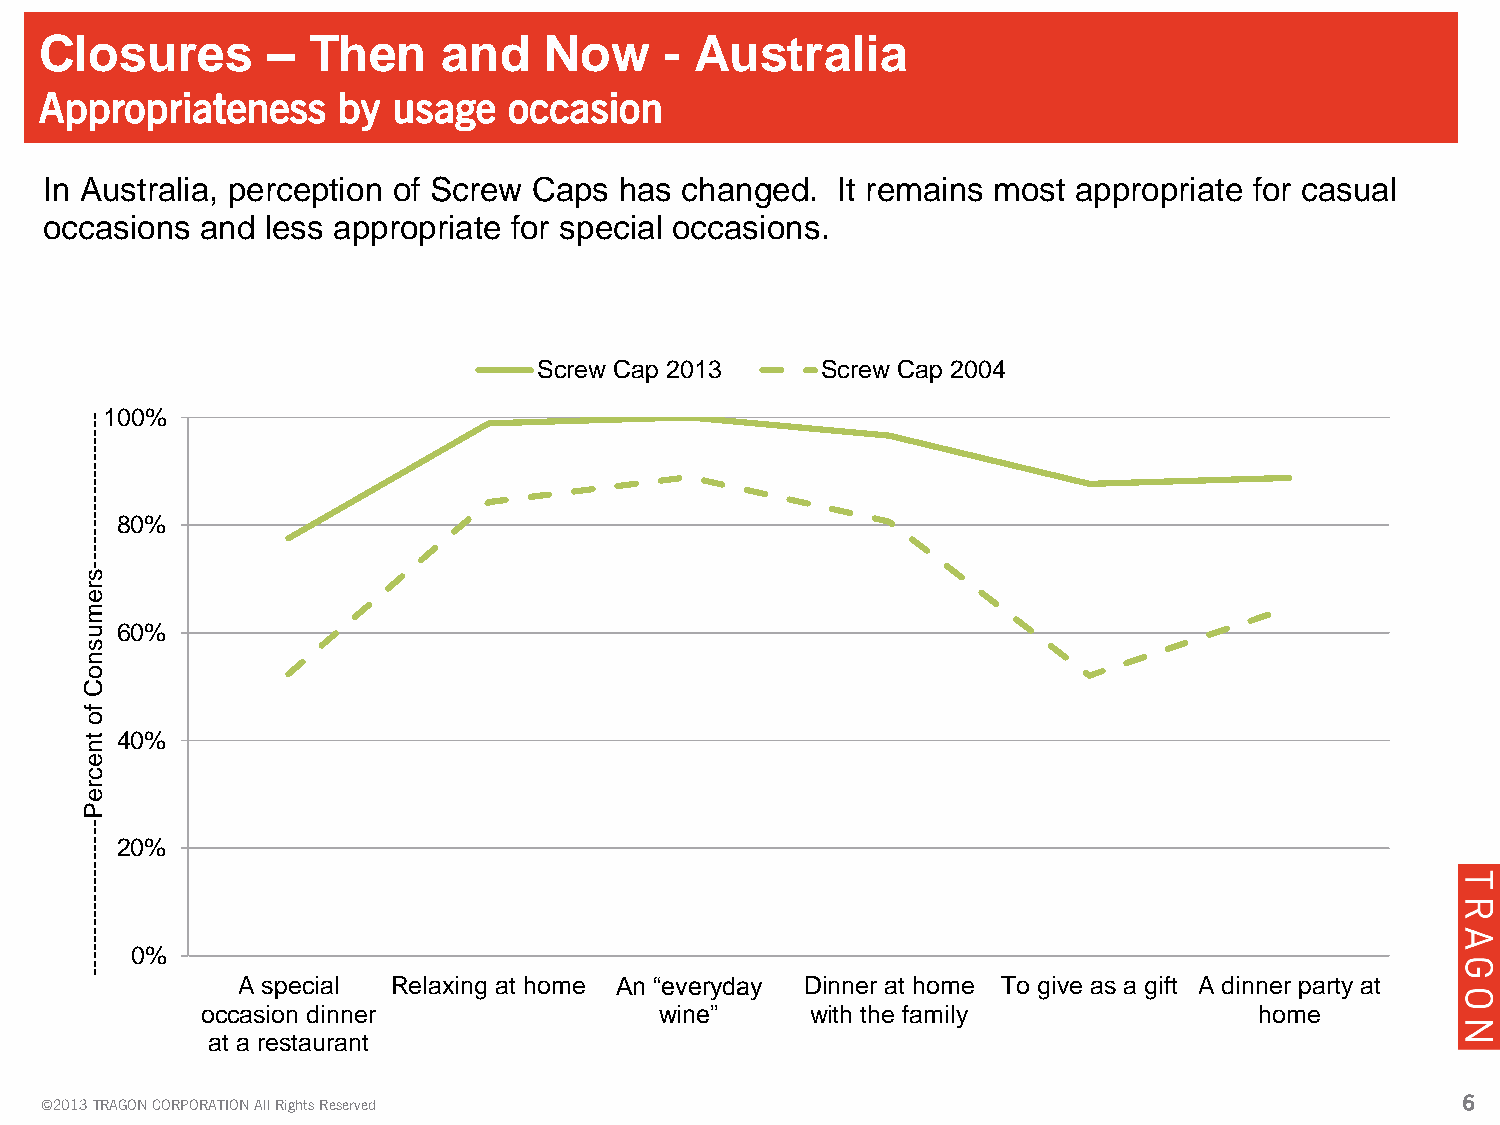
Closures       – Then     and    Now     - Australia
 Appropriateness    by  usage   occasion
 In Australia, perception of Screw Caps has changed. It remains most appropriate for casual
 occasions and  less appropriate for special occasions.
 Screw Cap 2013    Screw Cap 2004
 - 100%
 -
 -
 -
 -
 -
 -
 -
 -
 -
 -
 -
 - - 80%
 -
 -
 -
 -
 -
 s
 r
 e
 m
 u  60%
 s
 n
 o
 C
 f
 o
 t  40%
 n
 e
 c
 r
 e
 P
 -
 -
 -  20%
 -
 -
 -
 -
 -
 -
 -
 -
 -
 -
 -
 -
 -   0%
 -
 -
 -
 A special Relaxing at home An “everyday Dinner at home To give as a gift A dinner party at
 occasion dinner                wine”     with the family              home
 at a restaurant
 ©2013 TRAGON CORPORATION All Rights Reserved                                                  66